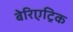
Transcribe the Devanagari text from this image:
बेरिएट्रिक